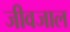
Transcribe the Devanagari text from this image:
जीवजाल